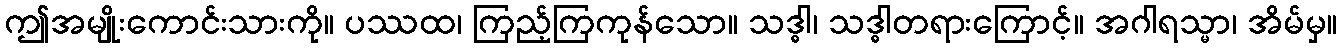
ဤအမျိုးကောင်းသားကို။ ပဿထ၊ ကြည့်ကြကုန်သော။ သဒ္ဓါ၊ သဒ္ဓါတရားကြောင့်။ အဂါရသ္မာ၊ အိမ်မှ။